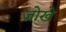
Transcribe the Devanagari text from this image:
जोखे